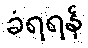
ခံရရန်